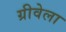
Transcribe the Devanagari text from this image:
ग्रीवेला